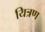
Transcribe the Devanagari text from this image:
यित्रण